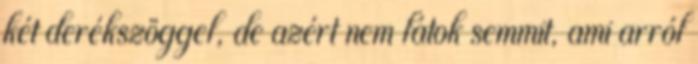
két derékszöggel, de azért nem látok semmit, ami arról